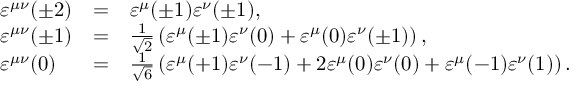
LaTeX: \begin{array} { l c l } { { \varepsilon ^ { \mu \nu } ( \pm 2 ) } } & { { = } } & { { \varepsilon ^ { \mu } ( \pm 1 ) \varepsilon ^ { \nu } ( \pm 1 ) , } } \\ { { \varepsilon ^ { \mu \nu } ( \pm 1 ) } } & { { = } } & { { \frac { 1 } { \sqrt { 2 } } \left( \varepsilon ^ { \mu } ( \pm 1 ) \varepsilon ^ { \nu } ( 0 ) + \varepsilon ^ { \mu } ( 0 ) \varepsilon ^ { \nu } ( \pm 1 ) \right) , } } \\ { { \varepsilon ^ { \mu \nu } ( 0 ) } } & { { = } } & { { \frac { 1 } { \sqrt { 6 } } \left( \varepsilon ^ { \mu } ( + 1 ) \varepsilon ^ { \nu } ( - 1 ) + 2 \varepsilon ^ { \mu } ( 0 ) \varepsilon ^ { \nu } ( 0 ) + \varepsilon ^ { \mu } ( - 1 ) \varepsilon ^ { \nu } ( 1 ) \right) . } } \end{array}